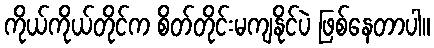
ကိုယ်ကိုယ်တိုင်က စိတ်တိုင်းမကျနိုင်ပဲ ဖြစ်နေတာပါ။